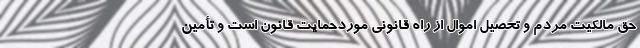
حق مالکیت مردم و تحصیل اموال از راه قانونی موردحمایت قانون است و تأمین